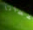
أعطانا